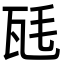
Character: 瓱